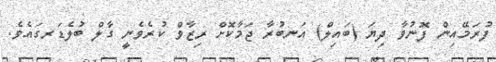
ފުރަމޭއިން ފޮނުވާ ދިޔަ (ބައިލް) އަނބުރާ ޖަމާކޮށް ރިޒާވް ކުރެވެނީ ގާލް ބުލެޑަރގައެވެ.